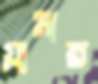
গ্লামার